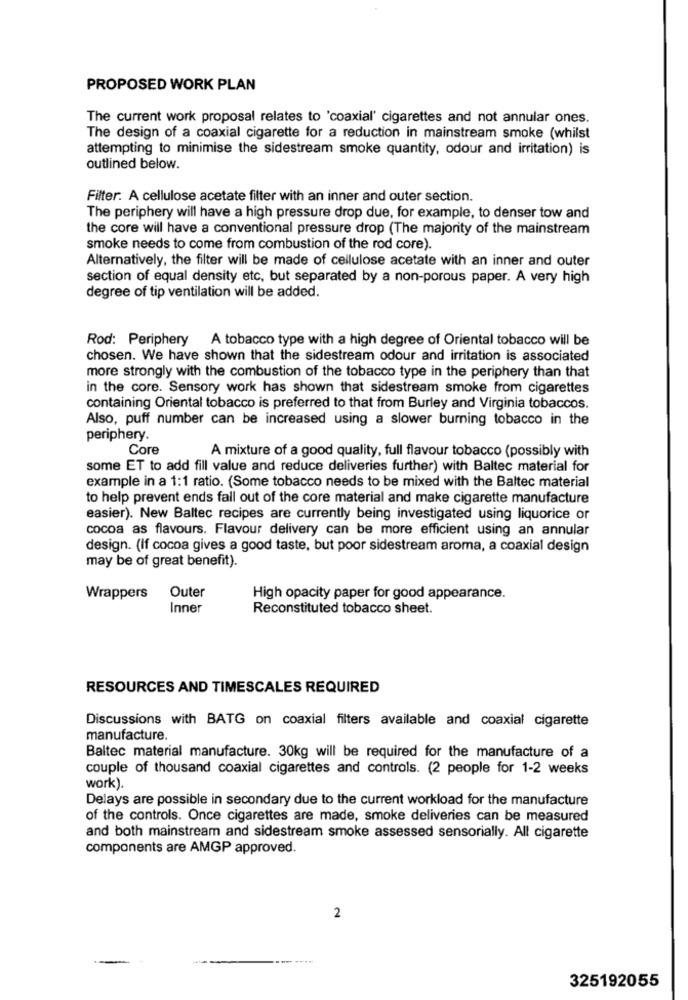
PROPOSED WORK PLAN
The current work proposal relates to 'coaxial' cigarettes and not annular ones.
The design of a coaxial cigarette for a reduction in mainstream smoke (whilst
attempting to minimise the sidestream smoke quantity, odour and irritation) is
outlined below.
Filter. A cellulose acetate filter with an inner and outer section.
The periphery will have a high pressure drop due, for example, to denser tow and
the core will have a conventional pressure drop (The majority of the mainstream
smoke needs to come from combustion of the rod core).
Alternatively, the filter will be made of cellulose acetate with an inner and outer
section of equal density etc, but separated by a non-porous paper. A very high
degree of tip ventilation will be added.
Rod: Periphery A tobacco type with a high degree of Oriental tobacco will be
chosen. We have shown that the sidestream odour and irritation is associated
more strongly with the combustion of the tobacco type in the periphery than that
in the core. Sensory work has shown that sidestream smoke from cigarettes
containing Oriental tobacco is preferred to that from Burley and Virginia tobaccos.
Also, puff number can be increased using a slower burning tobacco in the
periphery.
Core
A mixture of a good quality, full flavour tobacco (possibly with
some ET to add fill value and reduce deliveries further) with Baltec material for
example in a 1:1 ratio. (Some tobacco needs to be mixed with the Baltec material
to help prevent ends fall out of the core material and make cigarette manufacture
easier). New Baltec recipes are currently being investigated using liquorice or
cocoa as flavours. Flavour delivery can be more efficient using an annular
design. (If cocoa gives a good taste, but poor sidestream aroma, a coaxial design
may be of great benefit).
Outer
Wrappers
High opacity paper for good appearance.
Inner
Reconstituted tobacco sheet.
RESOURCES AND TIMESCALES REQUIRED
Discussions with BATG on coaxial filters available and coaxial cigarette
manufacture.
Baltec material manufacture. 30kg will be required for the manufacture of a
couple of thousand coaxial cigarettes and controls. (2 people for 1-2 weeks
work)
Delays are possible in secondary due to the current workload for the manufacture
of the controls. Once cigarettes are made, smoke deliveries can be measured
and both mainstream and sidestream smoke assessed sensorially. All cigarette
components are AMGP approved.
2
325192055